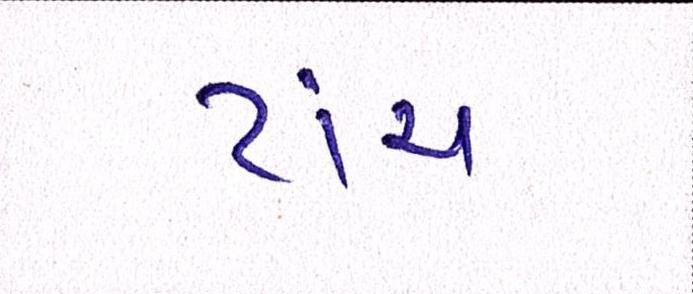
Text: ટાંચ